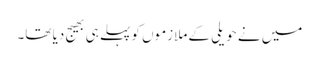
میں نے حویلی کے ملازموں کو پہلے ہی بھیج دیا تھا۔